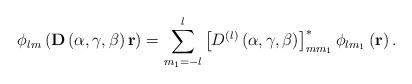
LaTeX: \begin{align*}\phi_{lm}\left( \mathbf{D}\left( \alpha,\gamma,\beta\right) \mathbf{r}\right) =\sum_{m_{1}=-l}^{l}\left[ D^{\left( l\right) }\left(\alpha,\gamma,\beta\right) \right] _{mm_{1}}^{\ast}\phi_{lm_{1}}\left(\mathbf{r}\right) .\end{align*}